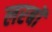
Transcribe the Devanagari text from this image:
लरबॉ